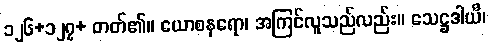
၁၂၆+၁၂၇+ တတ်၏။ ယောစနရော၊ အကြင်လူသည်လည်း။ သေဋ္ဌဒါယီ၊